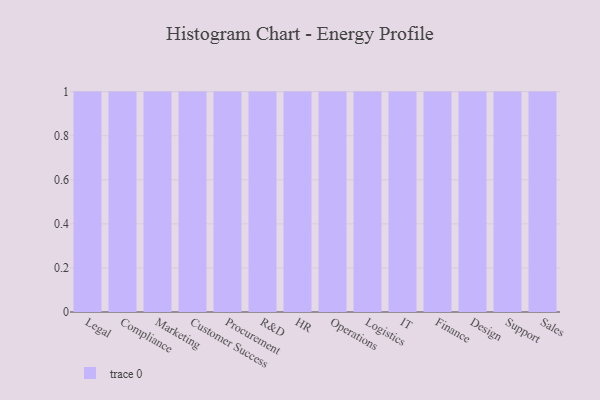
{"axis": {"x": "Department", "y": "Production Output"}, "legend": [""], "data": [{"x": "Legal", "y": 23, "type": ""}, {"x": "Compliance", "y": 100, "type": ""}, {"x": "Marketing", "y": 21, "type": ""}, {"x": "Customer Success", "y": 28, "type": ""}, {"x": "Procurement", "y": 39, "type": ""}, {"x": "R&D", "y": 3, "type": ""}, {"x": "HR", "y": 79, "type": ""}, {"x": "Operations", "y": 98, "type": ""}, {"x": "Logistics", "y": 74, "type": ""}, {"x": "IT", "y": 41, "type": ""}, {"x": "Finance", "y": 6, "type": ""}, {"x": "Design", "y": 85, "type": ""}, {"x": "Support", "y": 40, "type": ""}, {"x": "Sales", "y": 35, "type": ""}]}